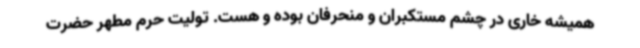
همیشه خاری در چشم مستکبران و منحرفان بوده و هست. تولیت حرم مطهر حضرت